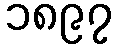
၁၈၉၇